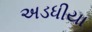
અડધીયા